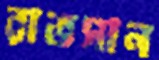
রাভসান